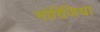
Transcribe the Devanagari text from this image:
गोरिजिया